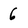
Character: 6